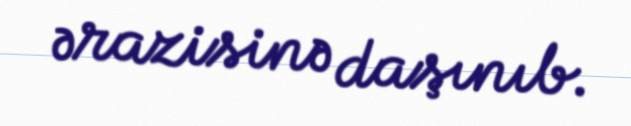
ərazisinə daşınıb.